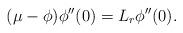
LaTeX: \begin{align*}(\mu-\phi)\phi^{\prime\prime}(0)=L_r\phi^{\prime\prime} (0).\end{align*}